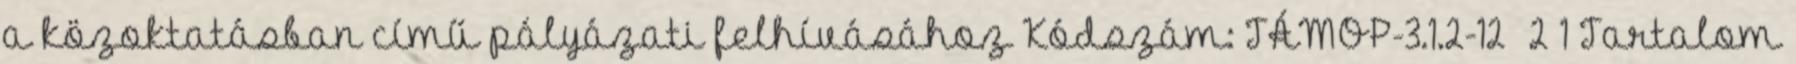
a közoktatásban című pályázati felhívásához Kódszám: TÁMOP-3.1.2-12 2 1 Tartalom